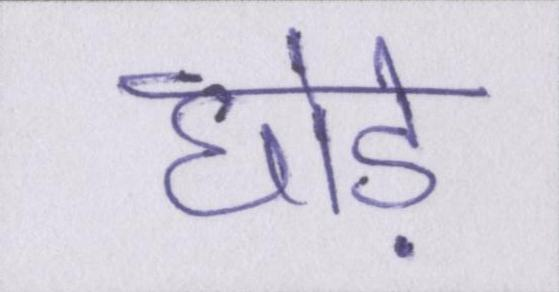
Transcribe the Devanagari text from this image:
घोड़े